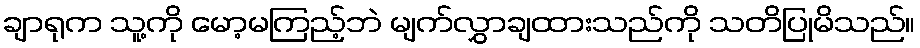
ချာရုက သူ့ကို မော့မကြည့်ဘဲ မျက်လွှာချထားသည်ကို သတိပြုမိသည်။